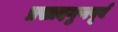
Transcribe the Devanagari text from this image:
प्रसादगुणपूर्व